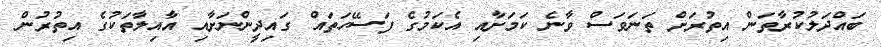
ބައްދަލުކުރާތަން އިތުރަށް ތަނަވަސް ވާނެ ކަމަށާއި އެކަމުގެ ފަސޭހަތައް ގައިދީންނަށާއި އާއިލާތަކުގެ އިތުރުން